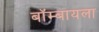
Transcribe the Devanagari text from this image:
बॉम्बायला